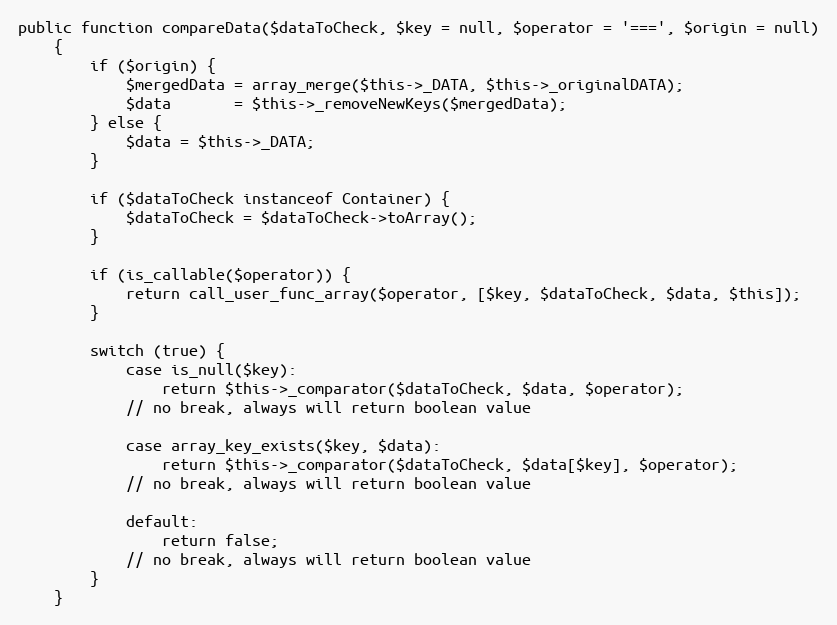
Language: PHP
public function compareData($dataToCheck, $key = null, $operator = '===', $origin = null)
    {
        if ($origin) {
            $mergedData = array_merge($this->_DATA, $this->_originalDATA);
            $data       = $this->_removeNewKeys($mergedData);
        } else {
            $data = $this->_DATA;
        }

        if ($dataToCheck instanceof Container) {
            $dataToCheck = $dataToCheck->toArray();
        }

        if (is_callable($operator)) {
            return call_user_func_array($operator, [$key, $dataToCheck, $data, $this]);
        }

        switch (true) {
            case is_null($key):
                return $this->_comparator($dataToCheck, $data, $operator);
            // no break, always will return boolean value

            case array_key_exists($key, $data):
                return $this->_comparator($dataToCheck, $data[$key], $operator);
            // no break, always will return boolean value

            default:
                return false;
            // no break, always will return boolean value
        }
    }